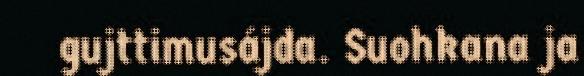
gujttimusájda. Suohkana ja